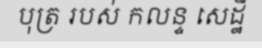
បុត្រ របស់ កលន្ទ សេដ្ឋី